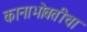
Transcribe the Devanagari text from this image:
कानाभोवतीचा